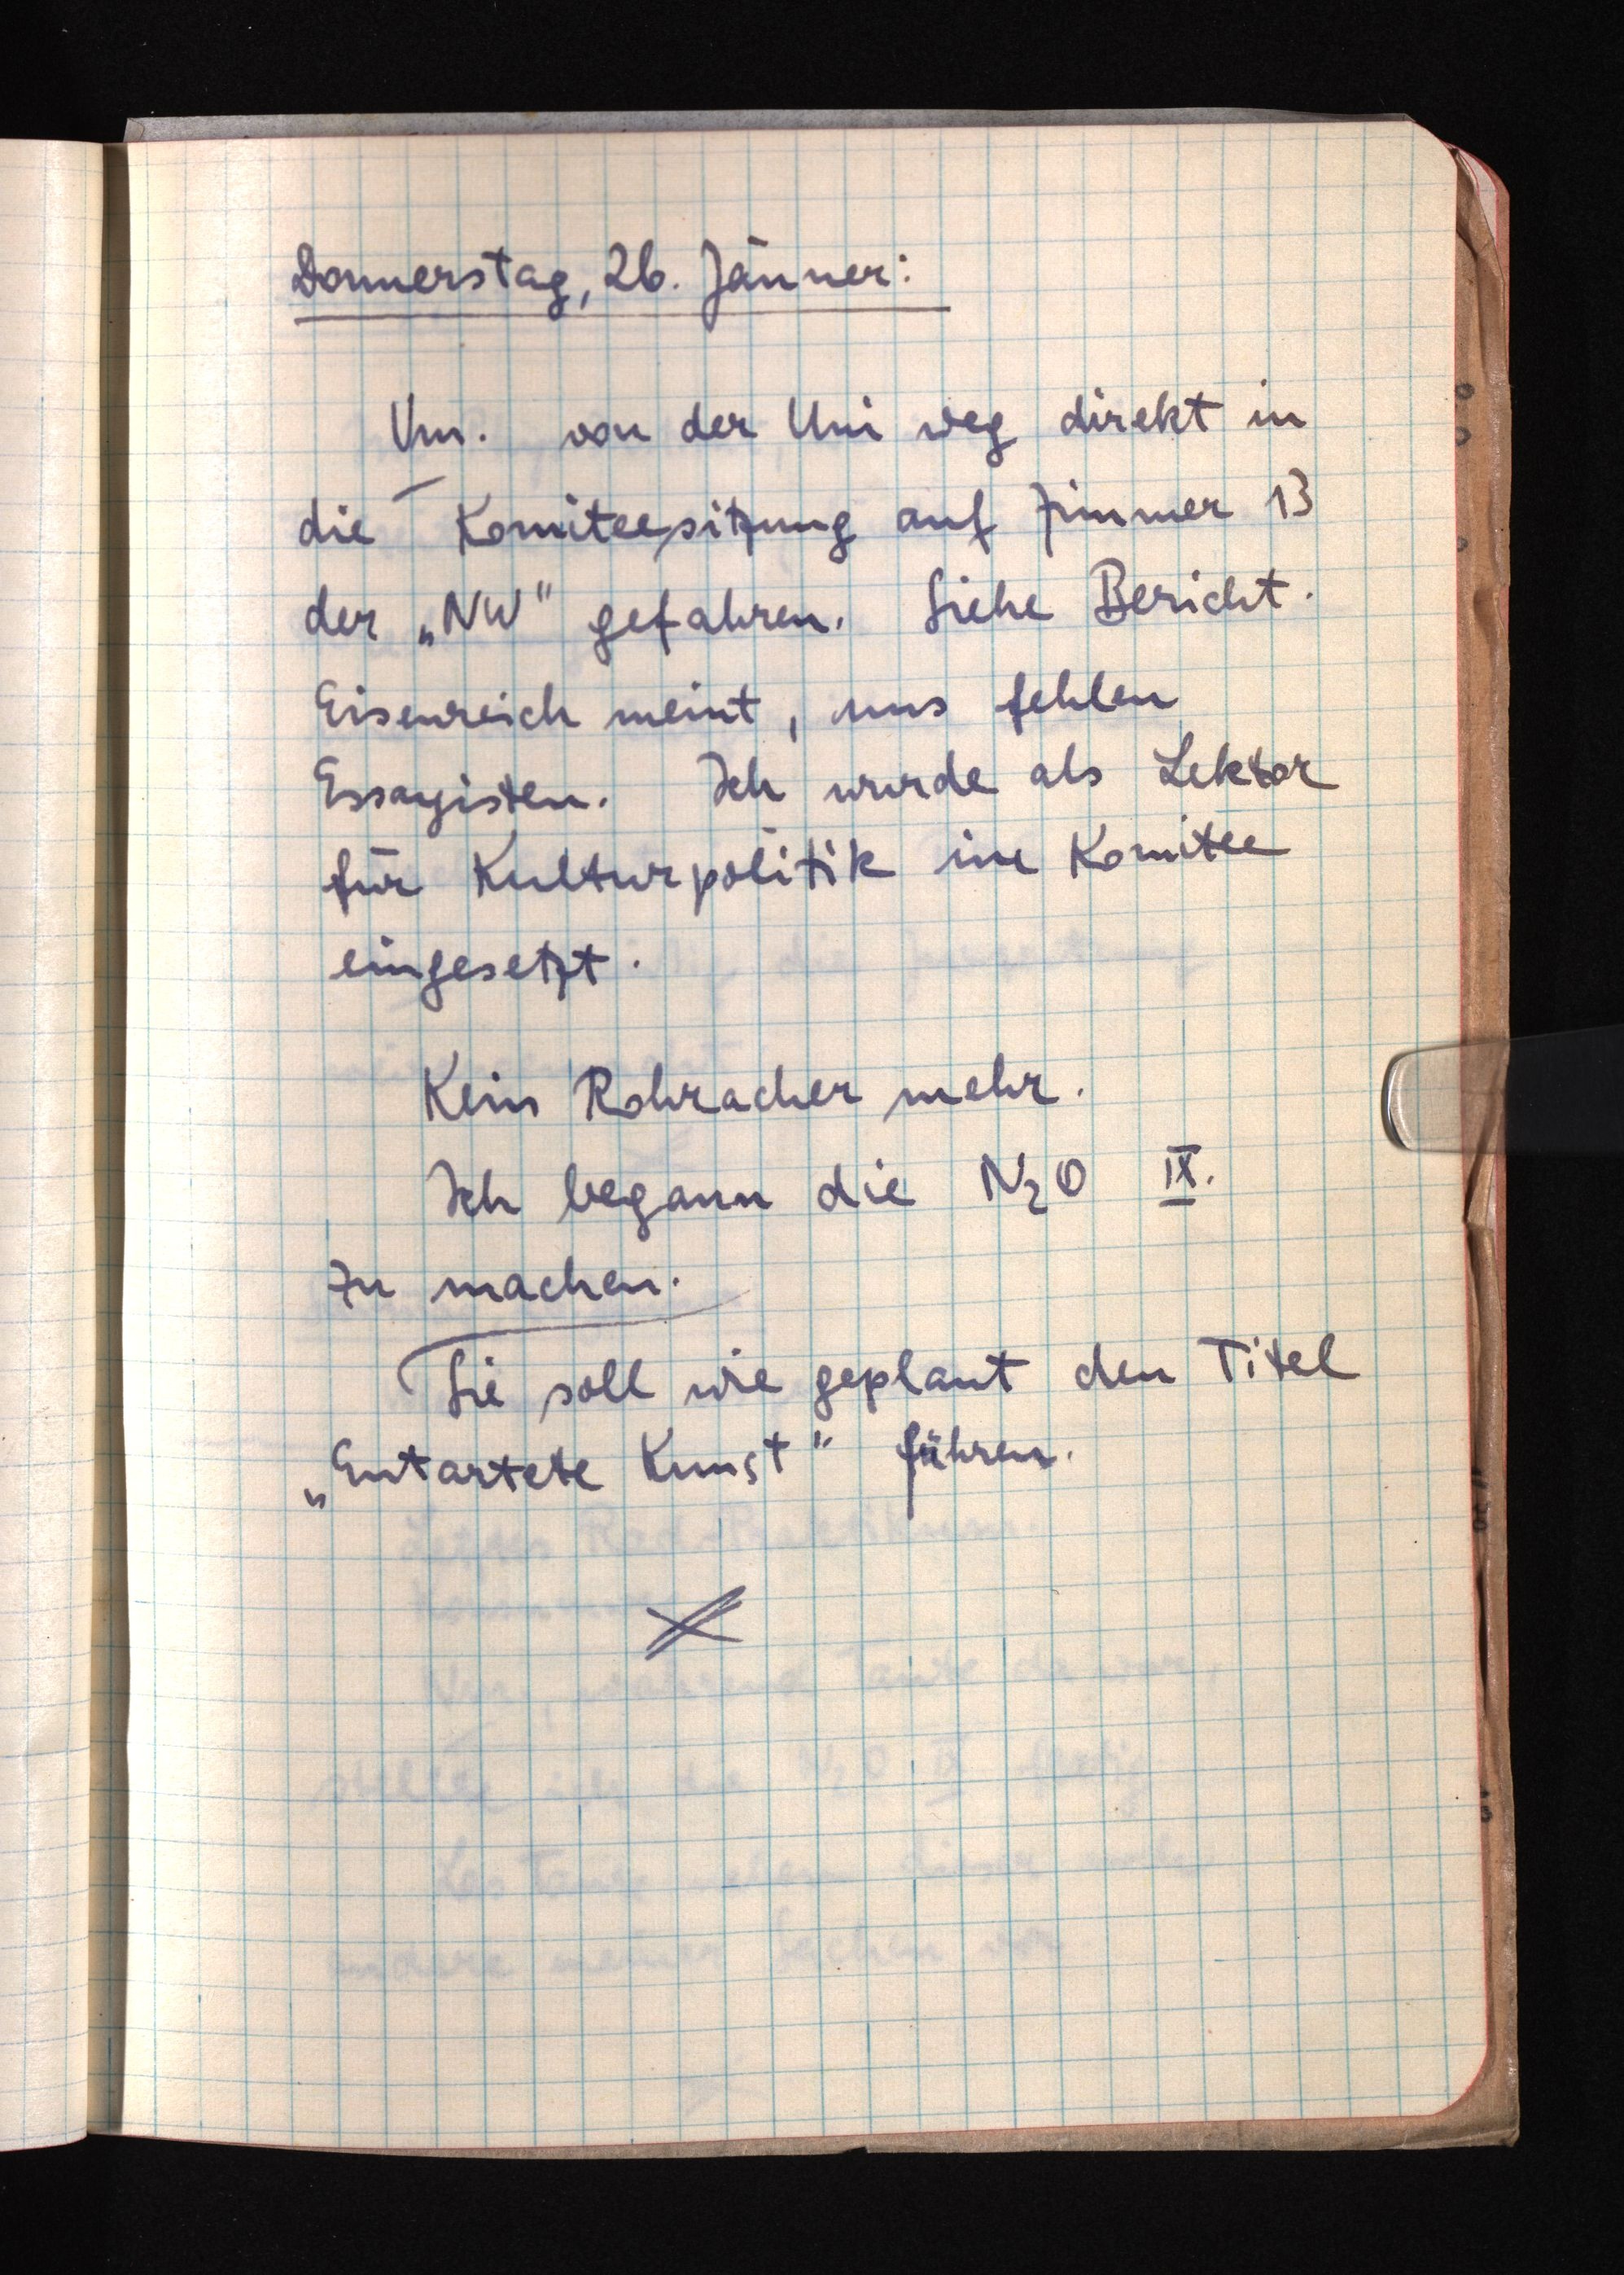
Donnerstag, 26. Jänner:
Vm. von der Uni weg direkt in
die Komiteesitzung auf Zimmer 13
der "NW" gefahren. Siehe Bericht.
Eisenreich meint, uns fehlen
Essayisten. Ich wurde als Lektor
für Kulturpolitik im Komitee
eingesetzt.
Kein Rohracher mehr.
Ich begann die N2O IX.
zu machen.
Sie soll wie geplant den Titel
"Entartete Kunst" führen.